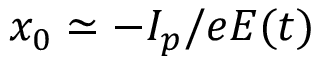
x _ { 0 } \simeq - I _ { p } / e E ( t )